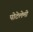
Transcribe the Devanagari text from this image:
पोटेलेमी